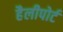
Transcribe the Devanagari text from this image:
हैलीपोर्ट